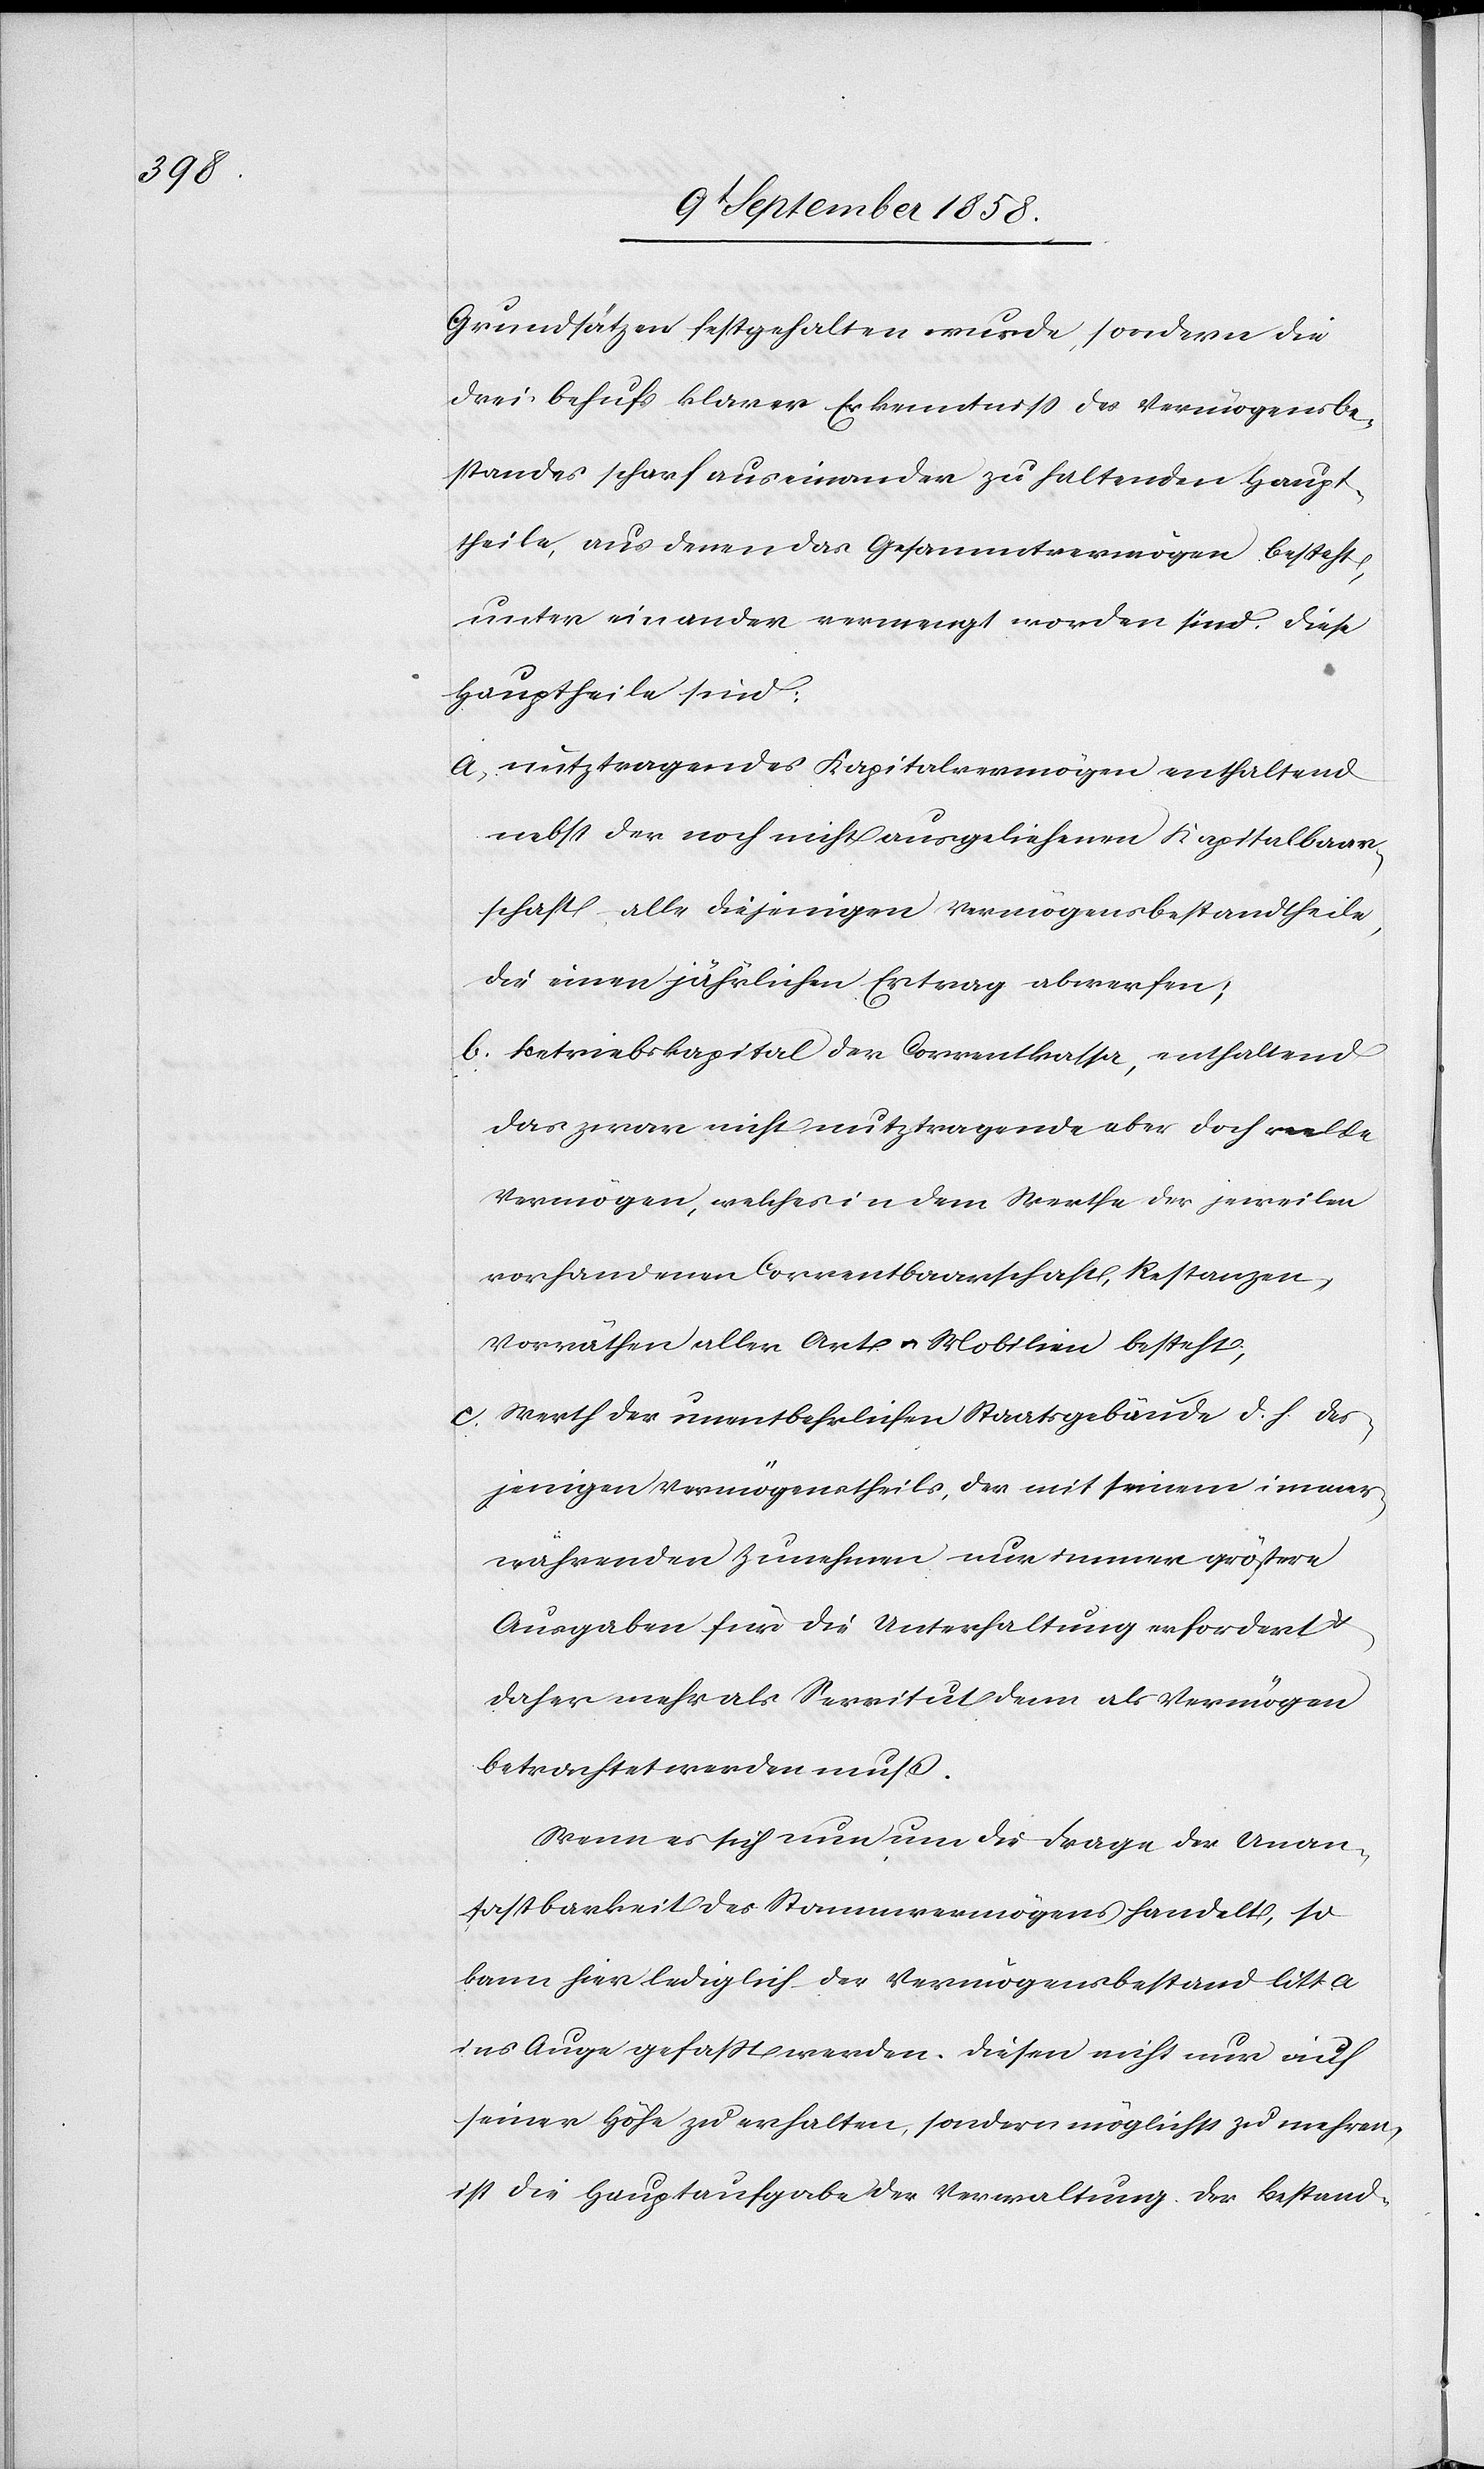
Grundsätzen festgehalten wurde, sondern die
drei behufs klarer Erkenntniss des Vermögensbe¬
standes scharf auseinander zu haltenden Haupt¬
theile, aus denen das Gesammtvermögen besteht,
unter einander vermengt worden sind. Diese
Haupttheile sind:
a. nutztragendes Kapitalvermögen enthaltend
nebst der noch nicht ausgeliehenen Kapitalbaar¬
schaft alle diejenigen Vermögensbestandtheile,
die einen jährlichen Ertrag abwerfen;
b. Betriebskapital der Correntkassa, enthaltend
das zwar nicht nutztragende aber doch reelle
Vermögen, welches in dem Werthe der jeweilen
vorhandenen Correntbaarschaft, Restanzen,
Vorräthen aller Art & Mobilien besteht;
c. Werth der unentbehrlichen Staatsgebäude d. h. des¬
jenigen Vermögenstheils, der mit seinem immer¬
währenden Zunehmen nur immer größere
Ausgaben für die Unterhaltung erfordert
daher mehr als Servitut denn als Vermögen
betrachtet werden muß.
Wenn es sich nun um die Frage der Unan¬
tastbarkeit des Stammvermögens handelt, so
kann hier lediglich der Vermögensbestand litt. a
ins Auge gefaßt werden. Diesen nicht nur auf
seiner Höhe zu erhalten, sondern möglichst zu mehren,
ist die Hauptaufgabe der Verwaltung. Der Bestand-